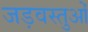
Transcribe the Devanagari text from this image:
जड़वस्तुओं